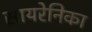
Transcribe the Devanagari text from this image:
सायरेनिका